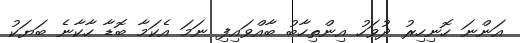
އަންނަ ހޮނިހިރު ދުވަހު އިންތިހާބު ބާއްވައިފި ނަމަ އެކަމާ ބޮޑާ ހާކާނެ ބަޔަކު